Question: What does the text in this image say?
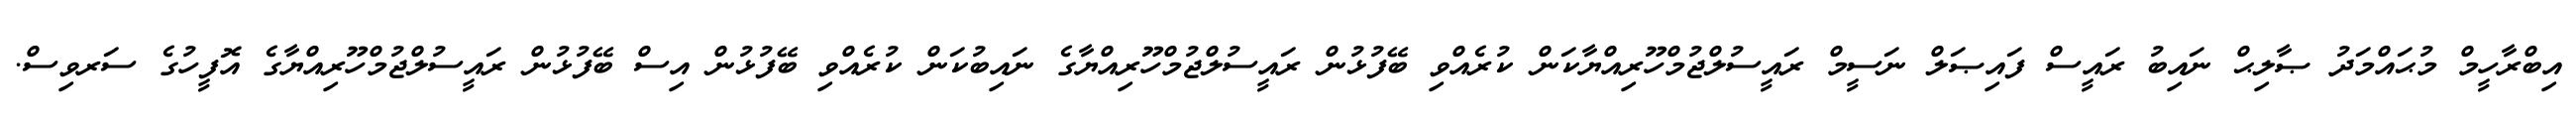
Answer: އިބްރާހީމް މުޙައްމަދު ޞާލިޙް ނައިބު ރައީސް ފައިޞަލް ނަސީމް ރައީސުލްޖުމްހޫރިއްޔާކަން ކުރެއްވި ބޭފުޅުން ރައީސުލްޖުމްހޫރިއްޔާގެ ނައިބުކަން ކުރެއްވި ބޭފުޅުން އިސް ބޭފުޅުން ރައީސުލްޖުމްހޫރިއްޔާގެ އޮފީހުގެ ސަރވިސް.